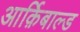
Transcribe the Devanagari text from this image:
आर्क़िबाल्ड